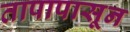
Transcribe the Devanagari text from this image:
तापापासून